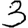
Digit: 3